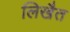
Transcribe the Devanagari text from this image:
लिखैत